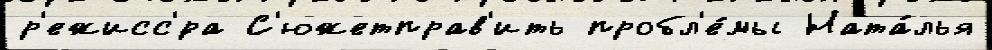
р'ежисс'́ра С'южетправ'ить пробл'е́мы Ната́лья